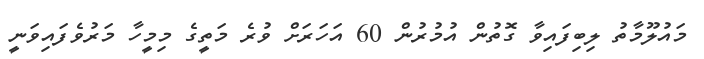
މައުލޫމާތު ލިބިފައިވާ ގޮތުން އުމުރުން 60 އަހަރަށް ވުރެ މަތީގެ މިމީހާ މަރުވެފައިވަނީ